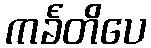
ကင်္ခတိပေ